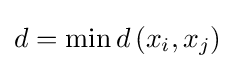
d=\min d\left(x_{i},x_{j}\right)